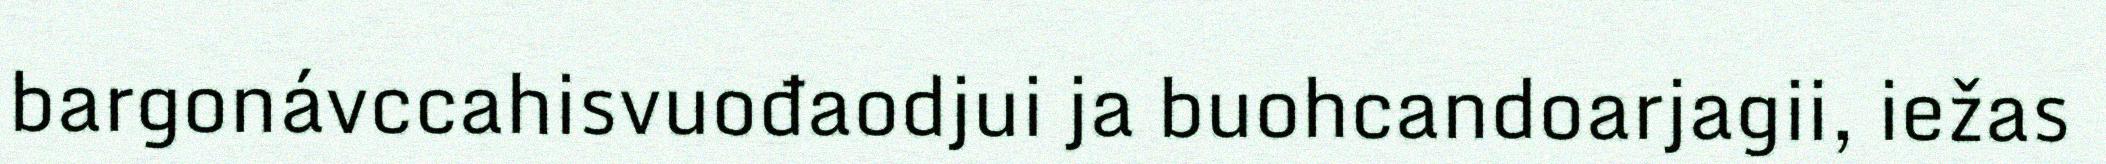
bargonávccahisvuođaodjui ja buohcandoarjagii, iežas